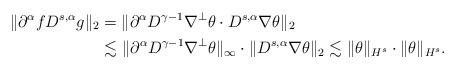
LaTeX: \begin{align*} \| \partial^{\alpha} f D^{s,\alpha} g \|_2 & = \| \partial^{\alpha} D^{\gamma-1} \nabla^{\perp} \theta \cdot D^{s,\alpha} \nabla \theta\|_2 \\ & \lesssim \| \partial^{\alpha} D^{\gamma-1} \nabla^{\perp} \theta \|_{\infty} \cdot \| D^{s,\alpha} \nabla \theta\|_2 \lesssim \| \theta \|_{H^s} \cdot \| \theta \|_{H^s}. \end{align*}